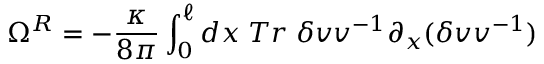
\Omega ^ { R } = - { \frac { \kappa } { 8 \pi } } \int _ { 0 } ^ { \ell } d x \; T r \; \delta v v ^ { - 1 } \partial _ { x } ( \delta v v ^ { - 1 } )